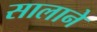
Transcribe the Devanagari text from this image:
सालाने